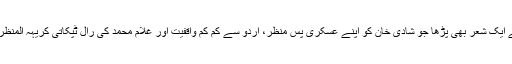
اس کی اس نا وقت مداخلت پر غلام محمد نے ایک شعر بھی پڑھا جو شادی خان کو اپنے عسکری پس منظر، اردو سے کم کم واقفیت اور غلام محمد کی رال ٹپکاتی کریہہ المنظر لکنت کی وجہ سے ٹھیک سمجھ میں نہ آیا۔